Vaccination United Provinces of Agra and Oudh 1923-1928 - 1923-1928
Year: 1923
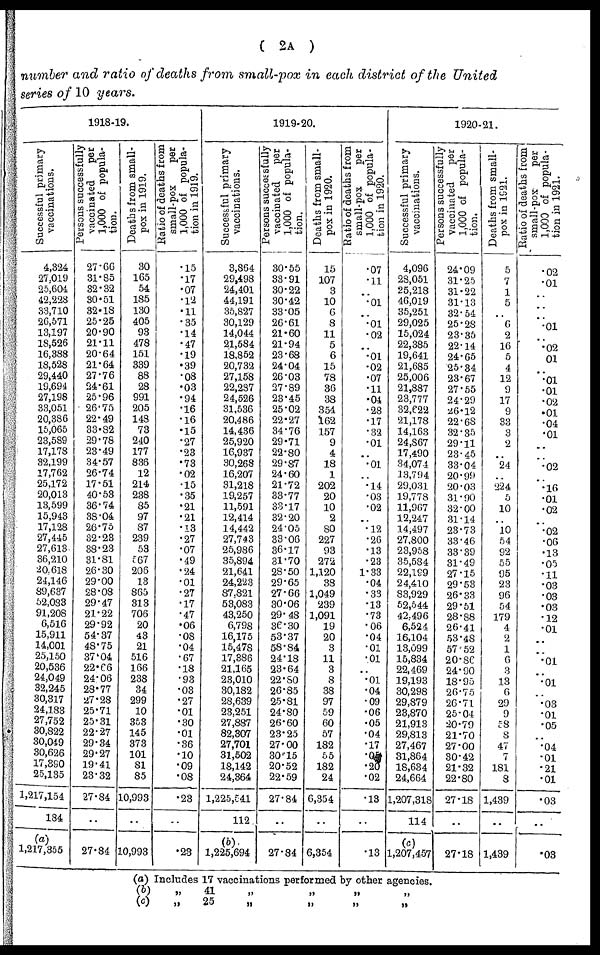
( 2A )
number and ratio of deaths from small-pox in each district of the United
series of 10 years.
1918-19.
Successful primary
vaccinations.
4,324
27,019
25,604
42,228
33,710
26,571
13,197
18,526
16,388
18,528
29,440
19,694
27,198
33,051
20,386
15,065
23,589
17,178
32,199
17,762
25,172
20,013
13,599
15,943
17,128
27,445
27,613
36,210
20,618
24,146
89,637
52,083
91,208
6,516
15,911
14,001
25,150
20,536
24,049
32,245
30,317
24,183
27,752
30,822
30,049
30,626
17,390
25,135
1,217,154
184
(a)
1,217,355
Persons successfully
vaccinated
per
1,000 of popula-
tion.
27.66
31.85
32.32
30.51
32.18
25.25
20.90
21.11
20.64
21.64
27.76
24.61
25.96
26.75
22.49
33.82
29.78
23.49
34.57
26.74
17.51
40.53
36.74
38.04
26.75
32.23
38.23
31.81
26.30
29.00
28.08
29.47
21.22
29.92
54.37
48.75
37.04
22.66
24.06
28.77
27.28
25.71
25.31
22.27
29.34
29.27
19.41
23.32
27.84
..
27.84
Deaths from small-
pox in 1919.
30
165
54
185
130
405
93
478
151
339
88
28
991
205
148
73
240
177
836
12
214
238
85
97
87
239
53
567
206
13
865
313
706
20
43
21
516
166
238
34
299
10
353
145
373
101
81
85
10,993
..
10,993
Ratio of deaths from
small-pox
per
1,000 of popula-
tion in 1919.
.15
.17
.07
.12
.11
.35
.14
.47
.19
.39
.08
.03
.94
.16
.16
.15
.27
.23
.73
.02
.15
.35
.21
.21
.13
.27
.07
.49
.24
.01
.27
.17
.47
.06
.08
.04
.67
.18
.93
.03
.27
.01
.30
.01
.36
.10
.09
.08
.23
..
.23
1919-20.
Successful primary
vaccinations.
3,864
29,498
24,401
44,191
35,827
30,129
14,044
21,584
18,852
20,732
27,158
22,287
24,526
31,536
20,486
14,436
25,920
16,937
30,268
16,207
31,218
19,257
11,591
12,414
14,442
27,743
25,986
35,894
21,641
24,223
87,821
53,083
43,250
6,798
16,175
15,478
17,386
21,165
23,010
30,182
28,639
23,251
27,887
82,307
27,701
31,502
18,142
24,364
l,225,541
112
(b)
1,225,694
Persons successfully
vaccinated
per
1,000 of popula-
tion.
30.55
33.91
30.22
30.42
33.05
26.61
21.60
21.94
23.68
24.04
26.03
27.89
23.45
25.02
22.27
34.76
29.71
22.80
29.87
24.60
21.72
33.77
33.17
32.20
24.05
33.06
36.17
31.70
28.50
29.65
27.66
30.06
29.48
36.30
53.37
58.84
24.18
23.64
22.80
26.85
25.81
24.80
26.60
23.25
27.00
30.15
20.52
22.59
27.84
..
27.84
Deaths from small-
pox in 1920.
15
107
3
10
6
8
11
5
6
15
78
36
38
354
162
157
9
4
18
1
202
20
10
2
80
227
93
272
1,120
38
1,049
239
1,091
19
20
3
11
3
8
38
97
59
60
57
182
55
182
24
6,354
..
6,354
Ratio of deaths from
small-pox
per
1,000 of popula-
tion in 1920.
.07
.11
..
.01
..
.01
.02
..
.01
.02
.07
.11
.04
.28
.17
.32
.01
..
.01
..
.14
.03
.02
..
.12
.26
.13
.23
1.33
.04
.33
.13
.73
.06
.04
.01
.01
..
.01
.04
.09
.06
.05
.04
.17
.05
.20
.02
.13
..
.13
1920-21.
Successful primary
vaccinations.
4,096
28,051
25,218
46,019
35,251
29,025
15,024
22,385
19,641
21,685
25,006
21,887
23,777
32,622
21,178
14,163
24,867
17,490
34,074
13,794
29,031
19,778
11,967
12,247
14,497
27,800
23,958
35,584
22,199
24,410
83,929
52,544
42,496
6,524
16,104
13,099
15,834
22,469
19,193
30,298
29,879
23,870
21,913
29,813
27,467
31,864
18,634
24,664
1,207,318
114
(c)
1,207,457
Persons successfully
vaccinated
per
1,000 of popula-
tion.
24.09
31.25
31.22
31.13
32.54
25.28
23.35
22.14
24.65
25.34
23.67
27.55
24.29
26.12
22.68
32.35
29.11
23.45
33.04
20.99
20.03
31.90
32.00
31.14
23.73
33.46
33.39
31.49
27.15
29.53
26.33
29.51
28.88
26.41
53.48
57.52
20.86
24.90
18.95
26.75
26.71
25.04
20.79
21.70
27.00
30.42
21.32
22.80
27.18
..
27.18
Deaths from small-
pox in 1921.
5
7
1
5
..
6
2
16
5
4
12
9
17
9
33
3
2
..
24
..
224
5
10
..
10 54
92
55
95
23
96
54
179
4
2
1
6
3
13
6
29
9
58
8
47
7
181
8
1,439
..
1,439
Ratio of deaths from
small-pox
per
1,000 of popula-
tion in 1921.
.02
.01
..
..
..
.01
..
.02
.01
..
.01
.01
.02
.01
.04
.01
..
..
.02
..
.16
.01
.02
..
.02
.06
.13
.05
.11
.03
.03
.03
.12
.01
..
..
.01
..
.01
..
.03
.01
.05
..
.04
.01
.21
.01
.03
..
.03
(a) Includes 17 vaccinations performed by other agencies.
(b)
„
41
„
„
„
„
(c)
„
25
„
„
„
„